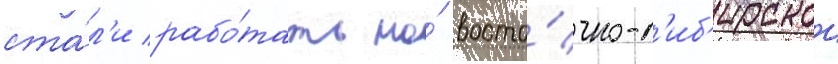
ста́л'и рабо́тать на́ восто́чно-с'иб'ирскои